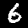
Label: 6